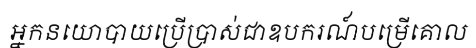
អ្នកនយោបាយប្រើប្រាស់ជាឧបករណ៍បម្រើគោល